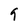
Character: 9